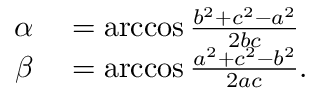
\begin{array} { r l } { \alpha } & { { } = \operatorname { a r c c o s } { \frac { b ^ { 2 } + c ^ { 2 } - a ^ { 2 } } { 2 b c } } } \\ { \beta } & { { } = \operatorname { a r c c o s } { \frac { a ^ { 2 } + c ^ { 2 } - b ^ { 2 } } { 2 a c } } . } \end{array}